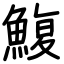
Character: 鰒